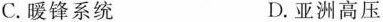
C.暖锋系统 D.亚洲高压